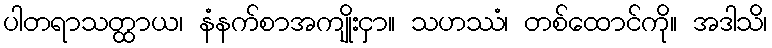
ပါတရာသတ္ထာယ၊ နံနက်စာအကျိုးငှာ။ သဟဿံ၊ တစ်ထောင်ကို။ အဒါသိ၊